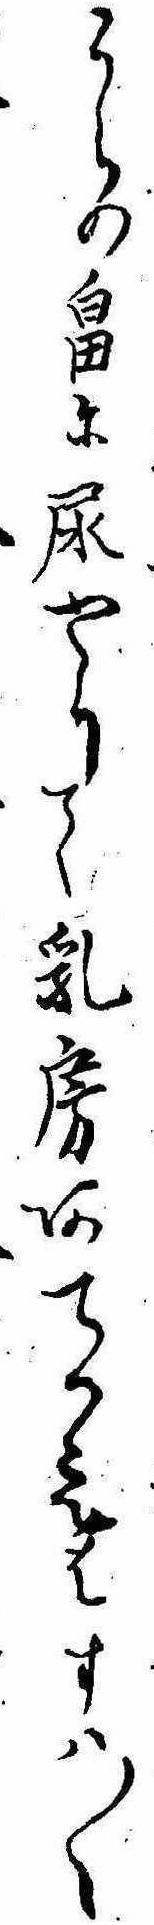
うらの畠に尿やりて乳房あてかえはすは〱